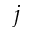
j